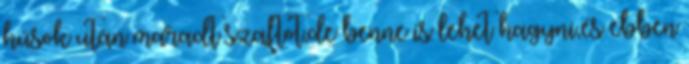
húsok után maradt szaftot,de benne is lehet hagyni,és ebben